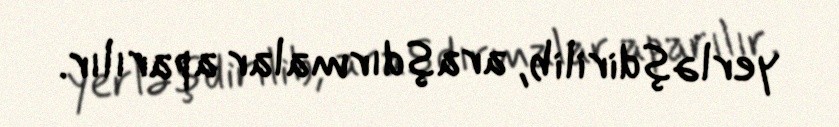
yerləşdirilib, araşdırmalar aparılır.